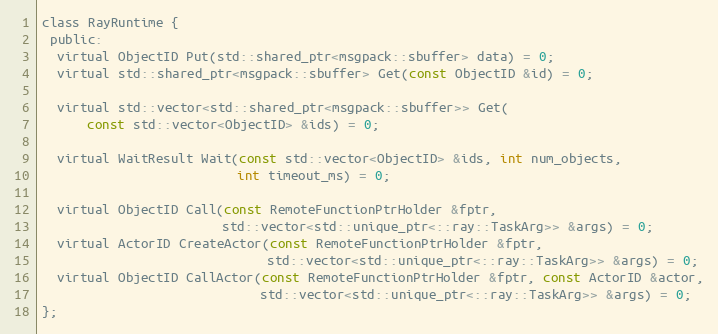
Language: C
class RayRuntime {
 public:
  virtual ObjectID Put(std::shared_ptr<msgpack::sbuffer> data) = 0;
  virtual std::shared_ptr<msgpack::sbuffer> Get(const ObjectID &id) = 0;

  virtual std::vector<std::shared_ptr<msgpack::sbuffer>> Get(
      const std::vector<ObjectID> &ids) = 0;

  virtual WaitResult Wait(const std::vector<ObjectID> &ids, int num_objects,
                          int timeout_ms) = 0;

  virtual ObjectID Call(const RemoteFunctionPtrHolder &fptr,
                        std::vector<std::unique_ptr<::ray::TaskArg>> &args) = 0;
  virtual ActorID CreateActor(const RemoteFunctionPtrHolder &fptr,
                              std::vector<std::unique_ptr<::ray::TaskArg>> &args) = 0;
  virtual ObjectID CallActor(const RemoteFunctionPtrHolder &fptr, const ActorID &actor,
                             std::vector<std::unique_ptr<::ray::TaskArg>> &args) = 0;
};